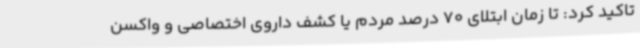
تاکید کرد: تا زمان ابتلای 70 درصد مردم یا کشف داروی اختصاصی و واکسن